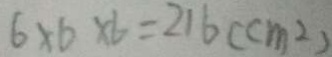
6 \times 6 \times 6 = 2 1 6 ( c m ^ { 2 } )